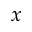
\boldsymbol { x }